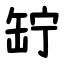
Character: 䍆